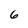
Character: 6